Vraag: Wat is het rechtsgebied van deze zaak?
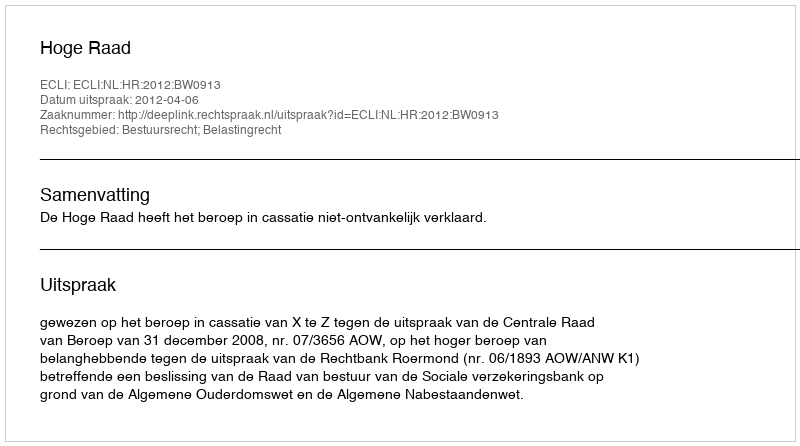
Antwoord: Bestuursrecht; Belastingrecht